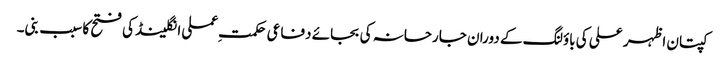
کپتان اظہر علی کی باؤلنگ کے دوران جارحانہ کی بجائے دفاعی حکمت ِعملی انگلینڈ کی فتح کا سبب بنی۔